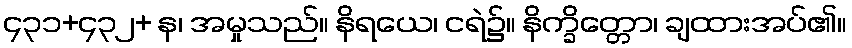
၄၃၁+၄၃၂+ န၊ အမှုသည်။ နိရယေ၊ ငရဲ၌။ နိက္ခိတ္တော၊ ချထားအပ်၏။